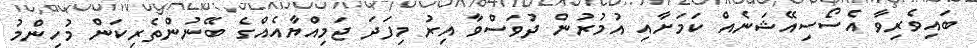
ބައިވެރިވާ އެސޯސިއޭޝަނެއް ކަމަށާއި އުމުރުން ދުވަސްވާ އިރު މިފަދަ ޖަމިއްޔާއެއްގެ ބޭނުންތެރިކަން މުހިންމު